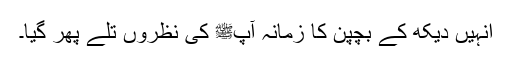
انہیں دیکھ کے بچپن کا زمانہ آپﷺ کی نظروں تلے پھر گیا۔